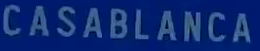
CASABLANCA